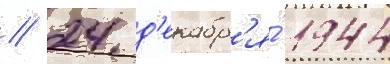
// 24 д'екабр'я́ 1944